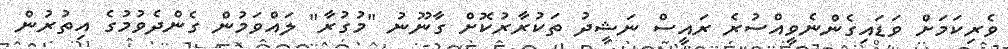
ވެރިކަމަށް ވަޑައިގެންނެވީއްސުރެ ރައީސް ނަޝީދު ތަކުރާރުކޮށް ގާނޫނު "މުގުރާ" ލައްވަމުން ގެންދެވުމުގެ އިތުރުން